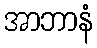
အာဘာနံ